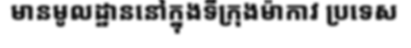
មានមូលដ្ឋាននៅក្នុងទីក្រុងម៉ាកាវ ប្រទេស